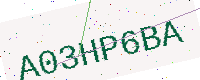
Text: A03HP6BA